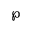
\wp